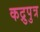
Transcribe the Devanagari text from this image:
कद्रुपुत्र